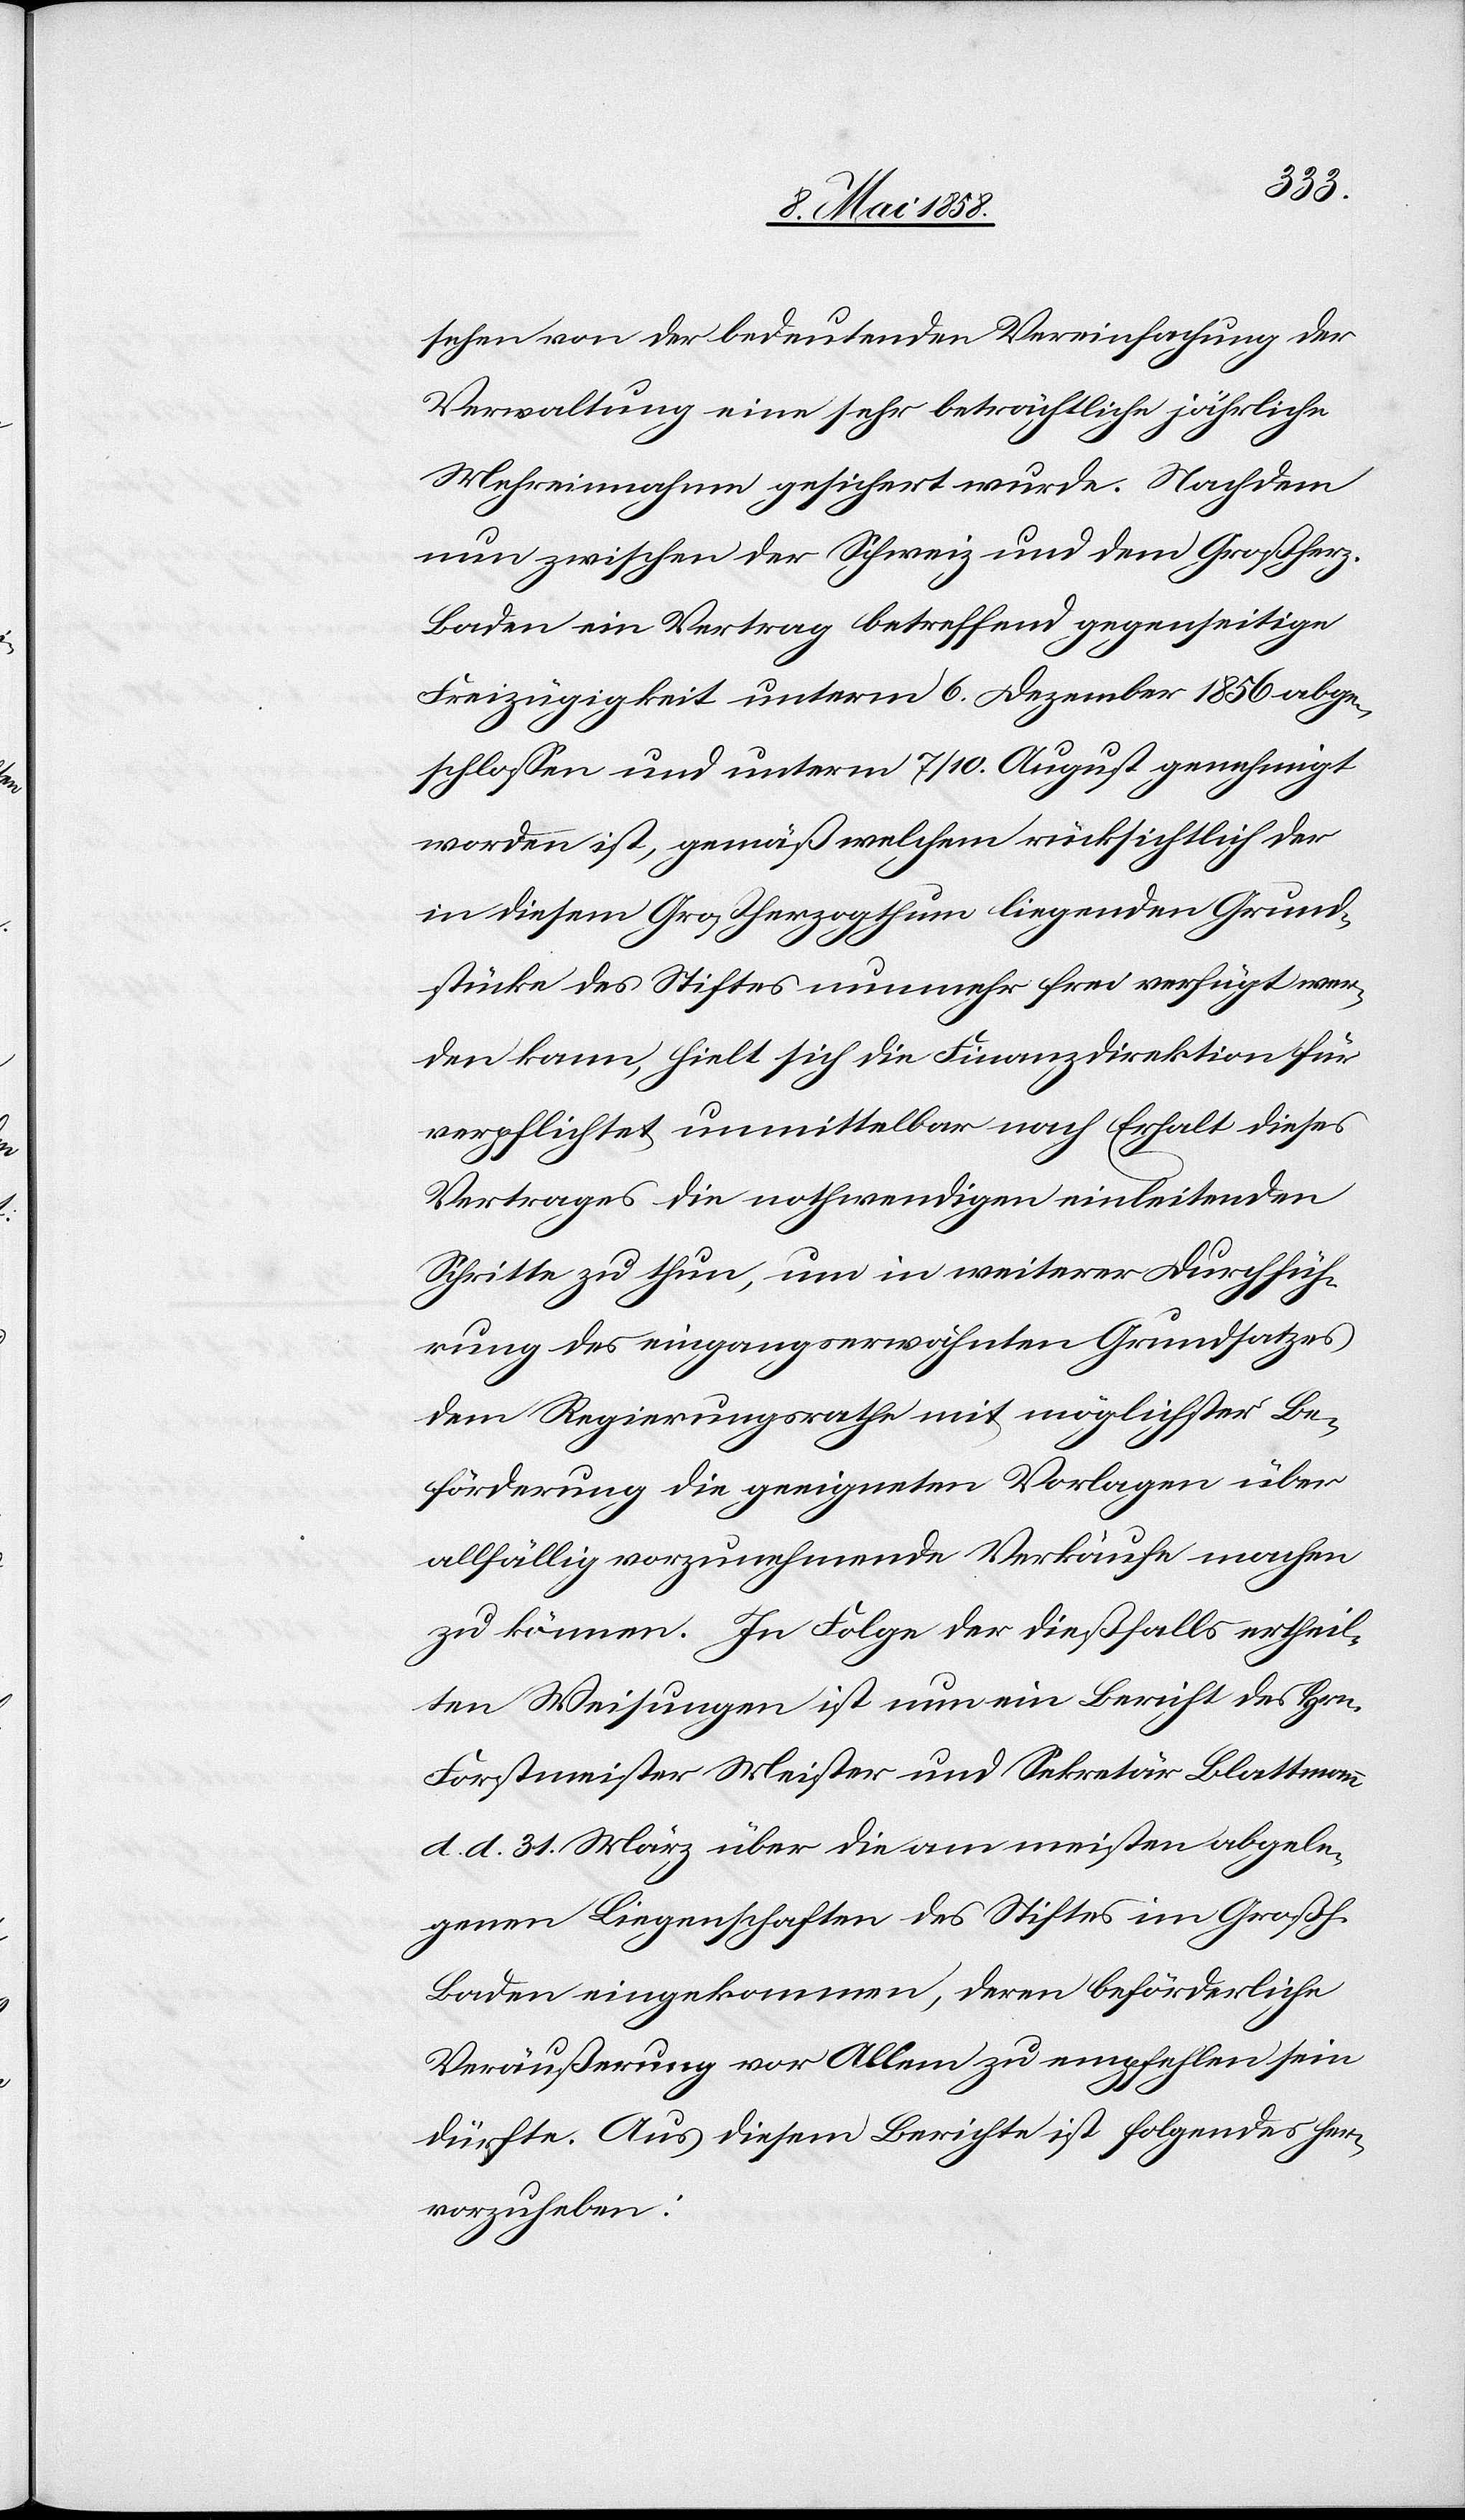
sehen von der bedeutenden Vereinfachung der
Verwaltung eine sehr beträchtliche jährliche
Mehreinnahme gesichert wurde. Nachdem
nun zwischen der Schweiz und dem Großherz.
Baden ein Vertrag betreffend gegenseitige
Freizügigkeit unterm 6. Dezember 1856 abge¬
schlossen und unterm 7./10. August genehmigt
worden ist, gemäß welchem rücksichtlich der
in diesem Großherzogthum liegenden Grund¬
stücke des Stiftes nunmehr frei verfügt wer¬
den kann, hielt sich die Finanzdirektion für
verpflichtet unmittelbar nach Erhalt dieses
Vertrages die nothwendigen einleitenden
Schritte zu thun, um in weiterer Durchfüh¬
rung des eingangserwähnten Grundsatzes
dem Regierungsrathe mit möglichster Be¬
förderung die geeigneten Vorlagen über
allfällig vorzunehmende Verkäufe machen
zu können. In Folge der dießfalls ertheil¬
ten Weisungen ist nun ein Bericht des Hrn.
Forstmeister Meister und Sekretär Blattmann
d. d. 31. März über die am meisten abgele¬
genen Liegenschaften des Stiftes im Großh.
Baden eingekommen, deren beförderliche
Veräußerung vor Allem zu empfehlen sein
dürfte. Aus diesem Berichte ist folgendes her¬
vorzunehmen: